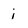
Character: i